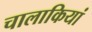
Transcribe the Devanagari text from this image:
चालाकियां